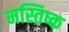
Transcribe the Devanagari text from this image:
मस्तिष्क